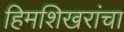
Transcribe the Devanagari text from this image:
हिमशिखरांचा